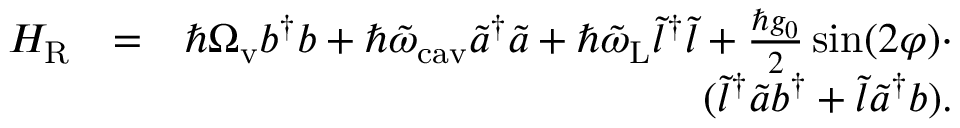
\begin{array} { r l r } { H _ { \mathrm { R } } } & { = } & { \hbar \Omega _ { \mathrm { v } } b ^ { \dagger } b + \hbar \tilde { \omega } _ { \mathrm { c a v } } \tilde { a } ^ { \dagger } \tilde { a } + \hbar \tilde { \omega } _ { \mathrm { L } } \tilde { l } ^ { \dagger } \tilde { l } + \frac { \hbar g _ { 0 } } { 2 } \sin ( 2 \varphi ) \cdot } \\ & { } & { ( \tilde { l } ^ { \dagger } \tilde { a } b ^ { \dagger } + \tilde { l } \tilde { a } ^ { \dagger } b ) . } \end{array}